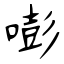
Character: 嘭